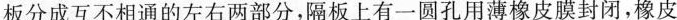
板分成互不相通的左右两部分，隔板上有一圆孔用薄橡皮膜封闭，橡皮